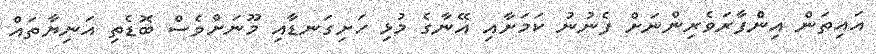
އައިތަން އިންފާރަވެރިންނަށް ފެނުނު ކަމަށާއި އޭނާގެ މުޅި ހަށިގަނޑާއި މޫނަށްވެސް ބޮޑެތި އަނިޔާތައް